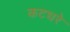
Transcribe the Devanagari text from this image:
कटधरे